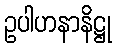
ဥပါဟနာနိဋ္ဌု